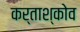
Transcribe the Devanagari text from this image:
कर्ताश्कोव